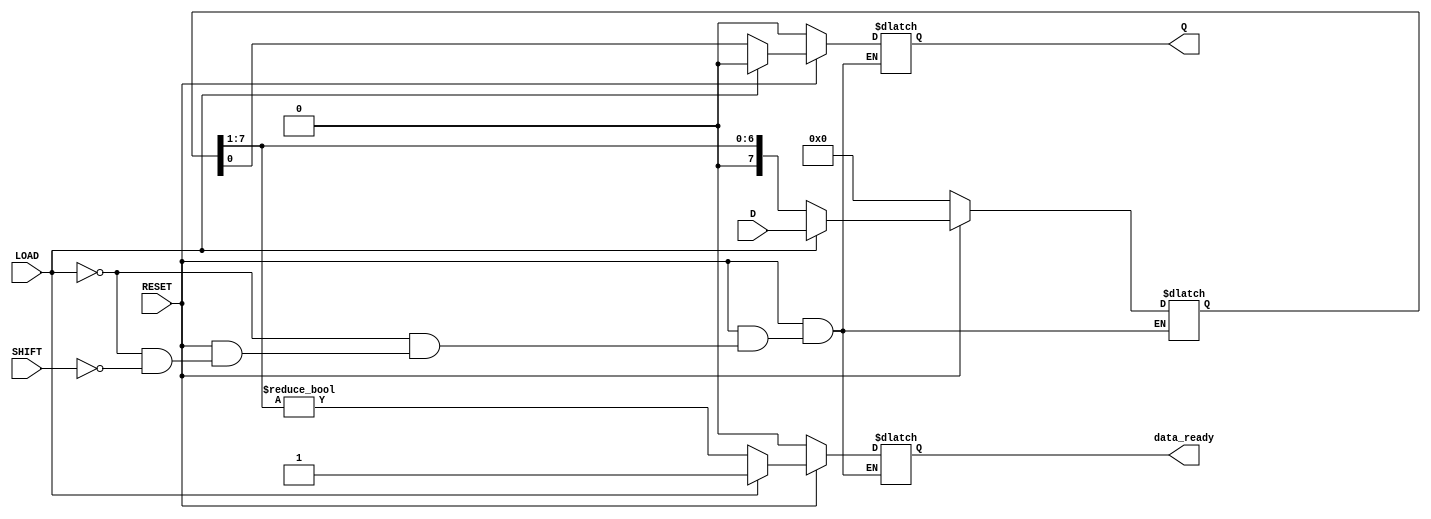
module PISO_Register #(
    parameter N = 8  // Parameter for the width of the register
)(
    input  wire [N-1:0] D,     // Parallel data inputs
    input  wire LOAD,           // Load signal
    input  wire SHIFT,          // Shift signal
    input  wire RESET,          // Asynchronous reset
    output reg  Q,              // Serial output
    output reg  data_ready      // Data ready indicator
);

    reg [N-1:0] shift_reg;      // Internal storage register
    integer i;                  // Loop variable

    always @(*) begin
        if (RESET == 1'b0) begin
            // Asynchronous reset
            shift_reg = {N{1'b0}};  // Clear the shift register
            Q = 1'b0;               // Clear the serial output
            data_ready = 1'b0;      // Reset data ready indicator
        end else if (LOAD) begin
            // Load operation
            shift_reg = D;          // Load parallel data into shift register
            Q = 1'b0;               // Clear serial output
            data_ready = 1'b1;      // Indicate data is ready
        end else if (SHIFT) begin
            // Shift operation
            Q = shift_reg[0];       // Output the LSB
            // Shift the register to the right
            shift_reg = {1'b0, shift_reg[N-1:1]};
            data_ready = (shift_reg != {N{1'b0}}); // Update data ready indicator
        end else begin
            // Default case: hold the current state
            Q = Q;
            data_ready = data_ready;
        end
    end

endmodule